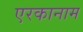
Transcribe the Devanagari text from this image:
एरकानाम